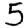
Digit: 5